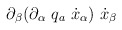
\begin{align*}\partial_\beta (\partial_\alpha\ q_a\ \dot x_\alpha )\ \dot x_\beta\end{align*}